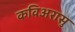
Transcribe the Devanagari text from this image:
कविअरासु